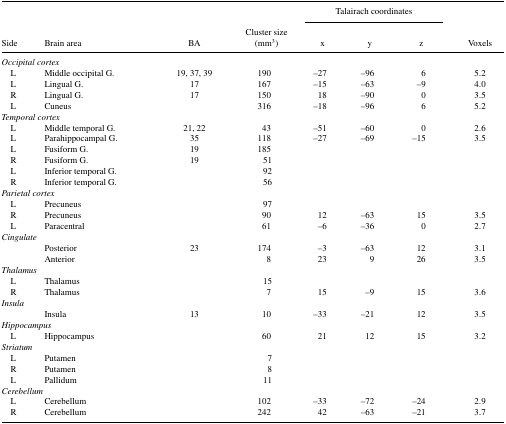
<table><thead><tr><td></td><td></td><td></td><td></td><td colspan="3"><b>Talairach coordinates</b></td><td></td></tr><tr><td><b>Side</b></td><td><b>Brain area</b></td><td><b>BA</b></td><td><b>Cluster size (mm<sup>3</sup>)</b></td><td><b><i>x</i></b></td><td><b><i>y</i></b></td><td><b><i>z</i></b></td><td><b>Voxels</b></td></tr></thead><tbody><tr><td colspan="8"><i>Occipital cortex</i></td></tr><tr><td> L</td><td>Middle occipital G.</td><td>19,37,39</td><td>190</td><td>–27</td><td>–96</td><td>6</td><td>5.2</td></tr><tr><td> L</td><td>Lingual G.</td><td>17</td><td>167</td><td>–15</td><td>–63</td><td>–9</td><td>4.0</td></tr><tr><td> R</td><td>Lingual G.</td><td>17</td><td>150</td><td>18</td><td>–90</td><td>0</td><td>3.5</td></tr><tr><td> L</td><td>Cuneus</td><td></td><td>316</td><td>–18</td><td>–96</td><td>6</td><td>5.2</td></tr><tr><td colspan="8"><i>Temporal cortex</i></td></tr><tr><td> L</td><td>Middle temporal G.</td><td>21,22</td><td>43</td><td>–51</td><td>–60</td><td>0</td><td>2.6</td></tr><tr><td> L</td><td>Parahippocampal G.</td><td>35</td><td>118</td><td>–27</td><td>–69</td><td>–15</td><td>3.5</td></tr><tr><td> L</td><td>Fusiform G.</td><td>19</td><td>185</td><td></td><td></td><td></td><td></td></tr><tr><td> R</td><td>Fusiform G.</td><td>19</td><td>51</td><td></td><td></td><td></td><td></td></tr><tr><td> L</td><td>Inferior temporal G.</td><td></td><td>92</td><td></td><td></td><td></td><td></td></tr><tr><td> R</td><td>Inferior temporal G.</td><td></td><td>56</td><td></td><td></td><td></td><td></td></tr><tr><td colspan="8"><i>Parietal cortex</i></td></tr><tr><td> L</td><td>Precuneus</td><td></td><td>97</td><td></td><td></td><td></td><td></td></tr><tr><td> R</td><td>Precuneus</td><td></td><td>90</td><td>12</td><td>–63</td><td>15</td><td>3.5</td></tr><tr><td> L</td><td>Paracentral</td><td></td><td>61</td><td>–6</td><td>–36</td><td>0</td><td>2.7</td></tr><tr><td colspan="8"><i>Cingulate</i></td></tr><tr><td></td><td>Posterior</td><td>23</td><td>174</td><td>–3</td><td>–63</td><td>12</td><td>3.1</td></tr><tr><td></td><td>Anterior</td><td></td><td>8</td><td>23</td><td>9</td><td>26</td><td>3.5</td></tr><tr><td colspan="8"><i>Thalamus</i></td></tr><tr><td> L</td><td>Thalamus</td><td></td><td>15</td><td></td><td></td><td></td><td></td></tr><tr><td> R</td><td>Thalamus</td><td></td><td>7</td><td>15</td><td>–9</td><td>15</td><td>3.6</td></tr><tr><td colspan="8"><i>Insula</i></td></tr><tr><td></td><td>Insula</td><td>13</td><td>10</td><td>–33</td><td>–21</td><td>12</td><td>3.5</td></tr><tr><td colspan="8"><i>Hippocampus</i></td></tr><tr><td> L</td><td>Hippocampus</td><td></td><td>60</td><td>21</td><td>12</td><td>15</td><td>3.2</td></tr><tr><td colspan="8"><i>Striatum</i></td></tr><tr><td> L</td><td>Putamen</td><td></td><td>7</td><td></td><td></td><td></td><td></td></tr><tr><td> R</td><td>Putamen</td><td></td><td>8</td><td></td><td></td><td></td><td></td></tr><tr><td> L</td><td>Pallidum</td><td></td><td>11</td><td></td><td></td><td></td><td></td></tr><tr><td colspan="8"><i>Cerebellum</i></td></tr><tr><td> L</td><td>Cerebellum</td><td></td><td>102</td><td>–33</td><td>–72</td><td>–24</td><td>2.9</td></tr><tr><td> R</td><td>Cerebellum</td><td></td><td>242</td><td>42</td><td>–63</td><td>–21</td><td>3.7</td></tr></tbody></table>